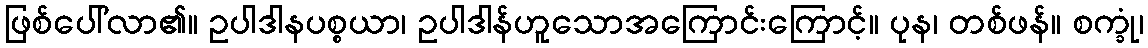
ဖြစ်ပေါ်လာ၏။ ဥပါဒါနပစ္စယာ၊ ဥပါဒါန်ဟူသောအကြောင်းကြောင့်။ ပုန၊ တစ်ဖန်။ စက္ခုံ၊